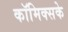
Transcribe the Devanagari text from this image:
कॉमिक्सके